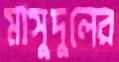
মাসুদুলের